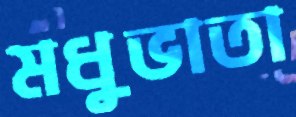
মধুভাতা